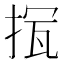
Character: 𢭨